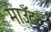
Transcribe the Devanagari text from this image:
माउँट